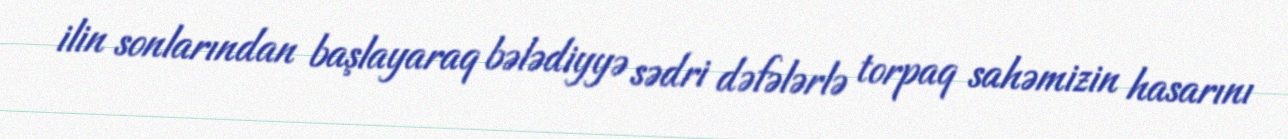
ilin sonlarından başlayaraq bələdiyyə sədri dəfələrlə torpaq sahəmizin hasarını